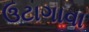
ઉટાગાવા